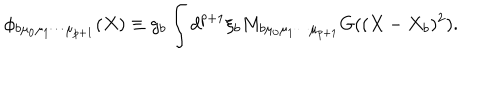
\phi _ { b \mu _ { 0 } \mu _ { 1 } \cdots \mu _ { p + 1 } } ( X ) \equiv g _ { b } \int d ^ { p + 1 } \xi _ { b } M _ { b \mu _ { 0 } \mu _ { 1 } \cdots \mu _ { p + 1 } } G ( ( X - X _ { b } ) ^ { 2 } ) .